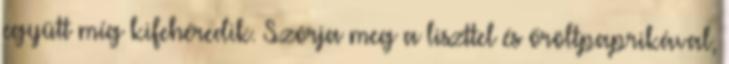
együtt míg kifehéredik. Szórja meg a liszttel és őröltpaprikával,